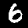
Label: 6